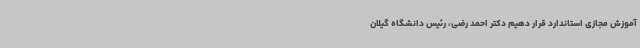
آموزش مجازی استاندارد قرار دهیم دکتر احمد رضی، رئیس دانشگاه گیلان